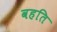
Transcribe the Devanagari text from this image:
वहति